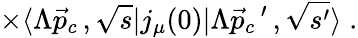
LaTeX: \times\langle\Lambda\vec{p}_{c}\, ,\sqrt{s}|j_{\mu}(0)|\Lambda\vec{p}_{c}\, ^{\prime}\, ,\sqrt{s^{\prime}}\rangle\; .